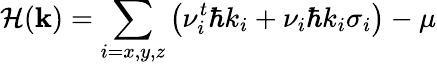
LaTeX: \mathcal{H}(\textbf{k})=\sum_{i=x,y,z}\left(\nu_{i}^{t}\hbar k_{i}+\nu_{i}\hbar k_{i}\sigma_{i}\right)-\mu